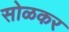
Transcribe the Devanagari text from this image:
सोळकर